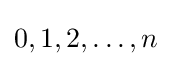
0,1,2,\dots ,n